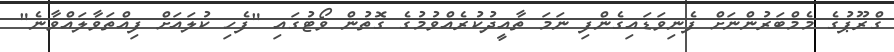
ގްރޫޕުގެ މެމްބަރުންނަށް ފެނިވަޑައިގެންފި ނަމަ ތާއީދުކުރެއްވުމުގެ ގޮތުން ވޯޓުގައި "ފެހި ކުލައަށް ފިއްތަވާލައްވާނެ"